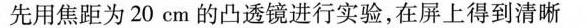
先用焦距为20cm的凸透镜进行实验，在屏上得到清晰